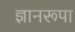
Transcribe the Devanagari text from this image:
ज्ञानरूपा